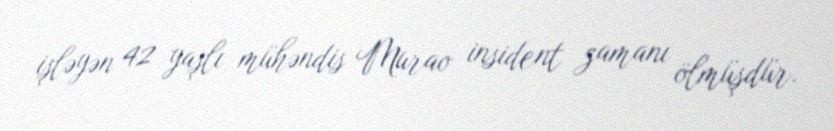
işləyən 42 yaşlı mühəndis Murao insident zamanı ölmüşdür.